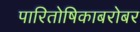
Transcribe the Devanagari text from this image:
पारितोषिकाबरोबर